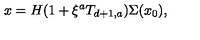
x = H ( 1 + \xi ^ { a } T _ { d + 1 , a } ) \Sigma ( x _ { 0 } ) ,